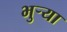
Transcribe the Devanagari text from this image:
भुर्‍या